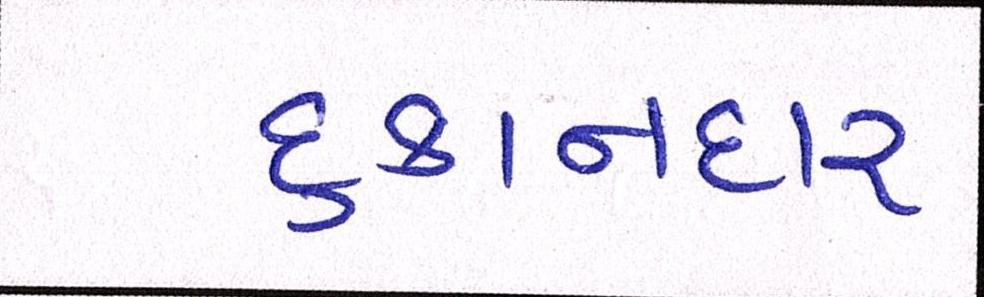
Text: દુકાનદાર